Annual vaccination report of Bihar and Orissa - 1911-1928
Year: 1911
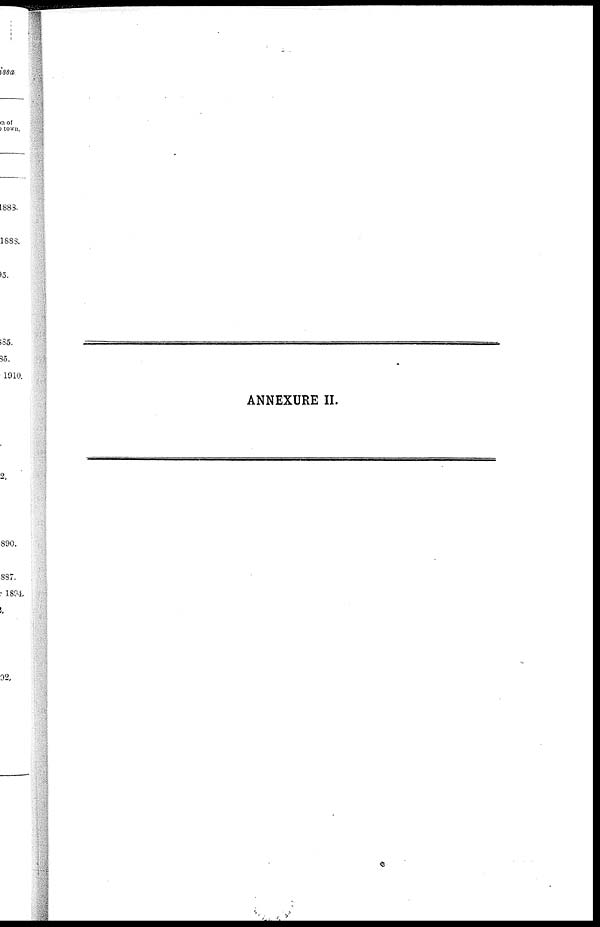
ANNEXURE II.